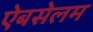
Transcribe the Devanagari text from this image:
ऐबसेलम